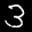
Label: 3